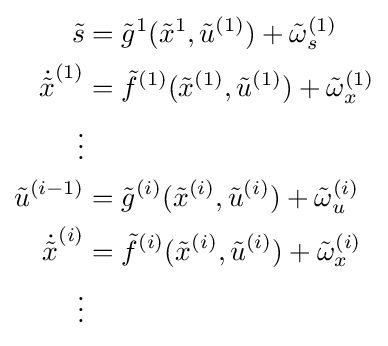
{\begin{aligned}{\tilde {s}}&={\tilde {g}}^{1}({\tilde {x}}^{1},{\tilde {u}}^{(1)})+{\tilde {\omega }}_{s}^{(1)}\\{\dot {\tilde {x}}}^{(1)}&={\tilde {f}}^{(1)}({\tilde {x}}^{(1)},{\tilde {u}}^{(1)})+{\tilde {\omega }}_{x}^{(1)}\\\vdots \\{\tilde {u}}^{(i-1)}&={\tilde {g}}^{(i)}({\tilde {x}}^{(i)},{\tilde {u}}^{(i)})+{\tilde {\omega }}_{u}^{(i)}\\{\dot {\tilde {x}}}^{(i)}&={\tilde {f}}^{(i)}({\tilde {x}}^{(i)},{\tilde {u}}^{(i)})+{\tilde {\omega }}_{x}^{(i)}\\\vdots \end{aligned}}